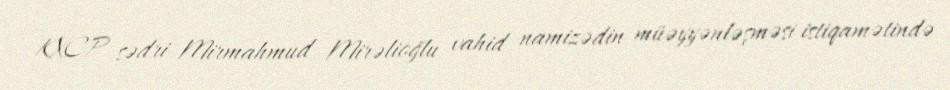
KXCP sədri Mirmahmud Mirəlioğlu vahid namizədin müəyyənləşməsi istiqamətində